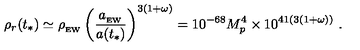
\rho _ { r } ( t _ { * } ) \simeq \rho _ { _ \mathrm { E W } } \left( { \frac { a _ { _ \mathrm { E W } } } { a ( t _ { * } ) } } \right) ^ { 3 ( 1 + \omega ) } = 1 0 ^ { - 6 8 } M _ { p } ^ { 4 } \times 1 0 ^ { 4 1 ( 3 ( 1 + \omega ) ) } \ .